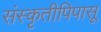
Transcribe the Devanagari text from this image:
संस्कृतीपिपासू